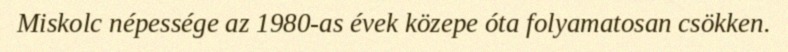
Miskolc népessége az 1980-as évek közepe óta folyamatosan csökken.